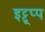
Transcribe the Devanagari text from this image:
इट्टूप्प